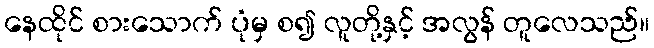
နေထိုင် စားသောက် ပုံမှ စ၍ လူတို့နှင့် အလွန် တူလေသည်။